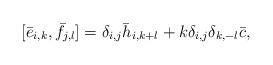
LaTeX: \begin{align*} [\bar{e}_{i,k}, \bar{f}_{j,l}]=\delta_{i,j}\bar{h}_{i,k+l}+k\delta_{i,j}\delta_{k,-l}\bar{c},\end{align*}